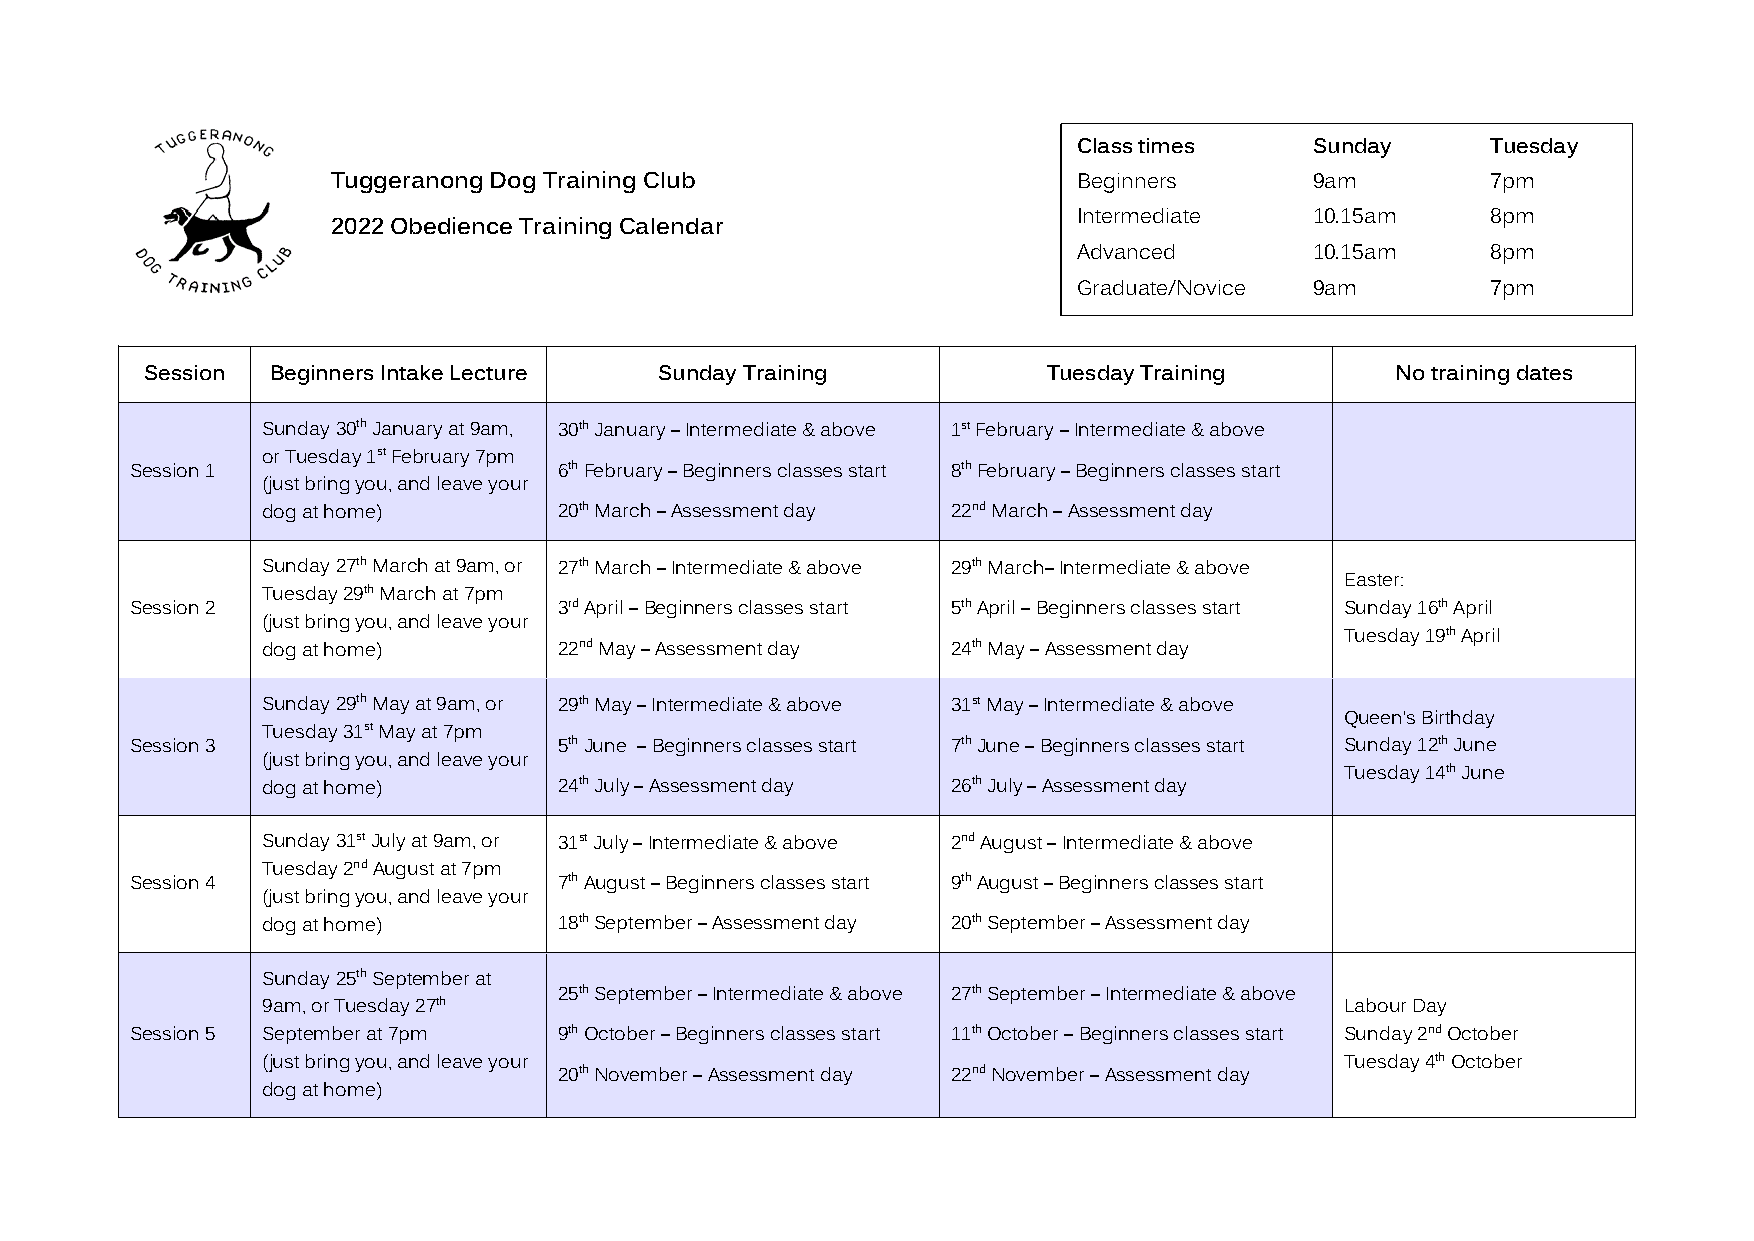
Class times     Sunday      Tuesday
 Tuggeranong Dog Training Club                    Beginners       9am         7pm
 Intermediate    10.15am     8pm
 2022 Obedience Training Calendar
 Advanced        10.15am     8pm
 Graduate/Novice 9am         7pm
 Session Beginners Intake Lecture  Sunday Training          Tuesday Training       No training dates
 Sunday 30th January at 9am, 30th January – Intermediate & above 1st February – Intermediate & above
 or Tuesday 1st February 7pm
 Session 1                   6th February – Beginners classes start 8th February – Beginners classes start
 (just bring you, and leave your
 dog at home)        20th March – Assessment day 22nd March – Assessment day
 Sunday 27th March at 9am, or 27th March – Intermediate & above 29th March– Intermediate & above
 Easter:
 Tuesday 29th March at 7pm
 Session 2                   3rd April – Beginners classes start 5th April – Beginners classes start Sunday 16th April
 (just bring you, and leave your
 Tuesday 19th April
 dog at home)        22nd May – Assessment day 24th May – Assessment day
 Sunday 29th May at 9am, or 29th May – Intermediate & above 31st May – Intermediate & above
 Queen’s Birthday
 Tuesday 31st May at 7pm
 Session 3                   5th June – Beginners classes start 7th June – Beginners classes start Sunday 12th June
 (just bring you, and leave your
 Tuesday 14th June
 dog at home)        24th July – Assessment day 26th July – Assessment day
 Sunday 31st July at 9am, or 31st July – Intermediate & above 2nd August – Intermediate & above
 Tuesday 2nd August at 7pm
 Session 4                   7th August – Beginners classes start 9th August – Beginners classes start
 (just bring you, and leave your
 dog at home)        18th September – Assessment day 20th September – Assessment day
 Sunday 25th September at
 25th September – Intermediate & above 27th September – Intermediate & above
 9am, or Tuesday 27th                                                    Labour Day
 Session 5 September at 7pm  9th October – Beginners classes start 11th October – Beginners classes start Sunday 2nd October
 (just bring you, and leave your                                         Tuesday 4th October
 20th November – Assessment day 22nd November – Assessment day
 dog at home)